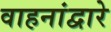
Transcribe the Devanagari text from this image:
वाहनांद्वारे